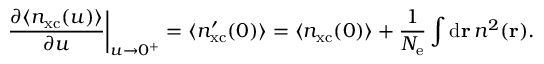
\left. \frac { \partial \langle n _ { \mathrm { x c } } ( u ) \rangle } { \partial u } \right\vert _ { u \rightarrow 0 ^ { + } } = \langle n _ { \mathrm { x c } } ^ { \prime } ( 0 ) \rangle = \langle n _ { \mathrm { x c } } ( 0 ) \rangle + \frac { 1 } { \ensuremath { N _ { \mathrm { e } } } } \int \mathrm { d } \ensuremath { \mathbf { r } } \, n ^ { 2 } ( \ensuremath { \mathbf { r } } ) .